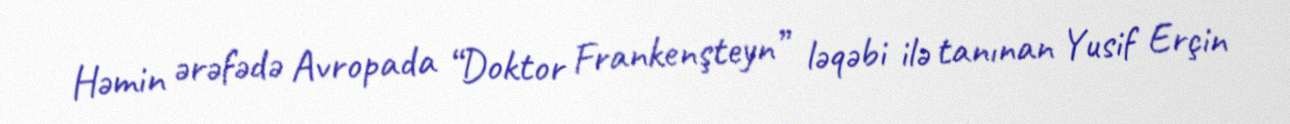
Həmin ərəfədə Avropada “Doktor Frankenşteyn” ləqəbi ilə tanınan Yusif Erçin